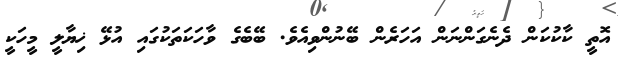
އޮތީ ކާކުކަން ދެނެގަންނަން އަހަރެން ބޭނުންވިއެވެ. ބޭބެގެ ވާހަކަތަކުގައި އުޅޭ ޚިޔާލީ މީހަކީ